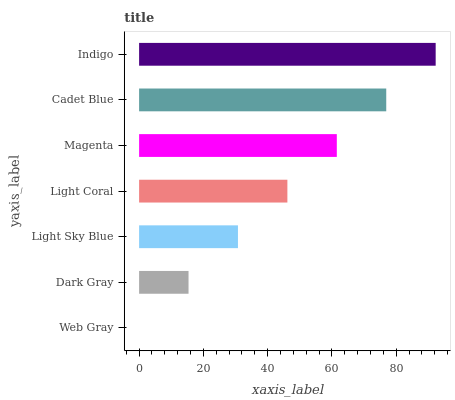
| yaxis_label | bars |
 | --- | --- |
 | Web Gray | 0 |
 | Dark Gray | 15.4 |
 | Light Sky Blue | 30.8 |
 | Light Coral | 46.1 |
 | Magenta | 61.5 |
 | Cadet Blue | 76.9 |
 | Indigo | 92.3 |